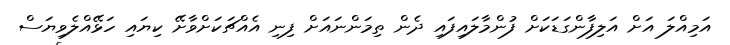
އަމިއްލަ އަށް އަލިފާންގަޑަކަށް ފުންމާލައިފައި ދެން ތިމަންނައަށް ފިނި އެއްޗަކަށްވާށޭ ކިޔައި ހަޅޭއްލެވިޔަސް